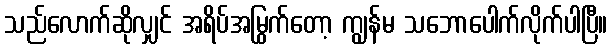
သည်လောက်ဆိုလျှင် အရိပ်အမြွက်တော့ ကျွန်မ သဘောပေါက်လိုက်ပါပြီ။